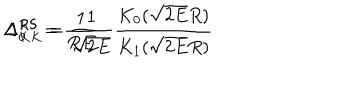
\Delta _ { 0 } ^ { R S } = \frac { 1 } { R E } \hspace { 1 . 0 c m } \Delta _ { K K } ^ { R S } = \frac { 1 } { \sqrt { 2 E } } \frac { K _ { 0 } ( \sqrt { 2 E } R ) } { K _ { 1 } ( \sqrt { 2 E } R ) }